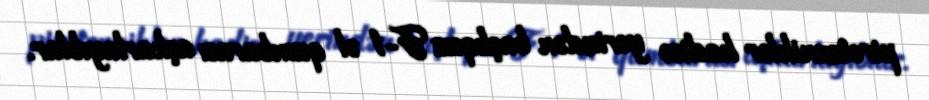
pirotexniklər hadisə yerindən başlıqsız F-1 əl qumbarası aşkarlayıblar.